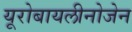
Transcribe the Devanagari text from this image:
यूरोबायलीनोजेन